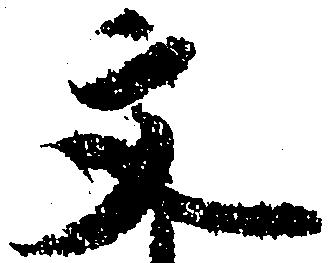
文